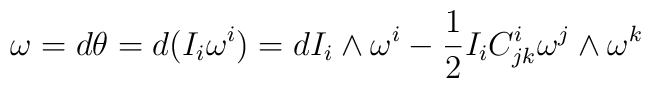
\omega=d\theta=d(I_i\omega^i)=dI_i\wedge\omega^i-\frac{1}{2}I_iC^i_{jk}\omega^j\wedge \omega^k